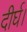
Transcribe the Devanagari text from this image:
दीर्घ।